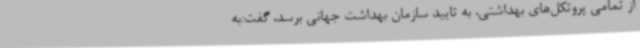
از تمامی پروتکل‌های بهداشتی، به تایید سازمان بهداشت جهانی برسد، گفت:به